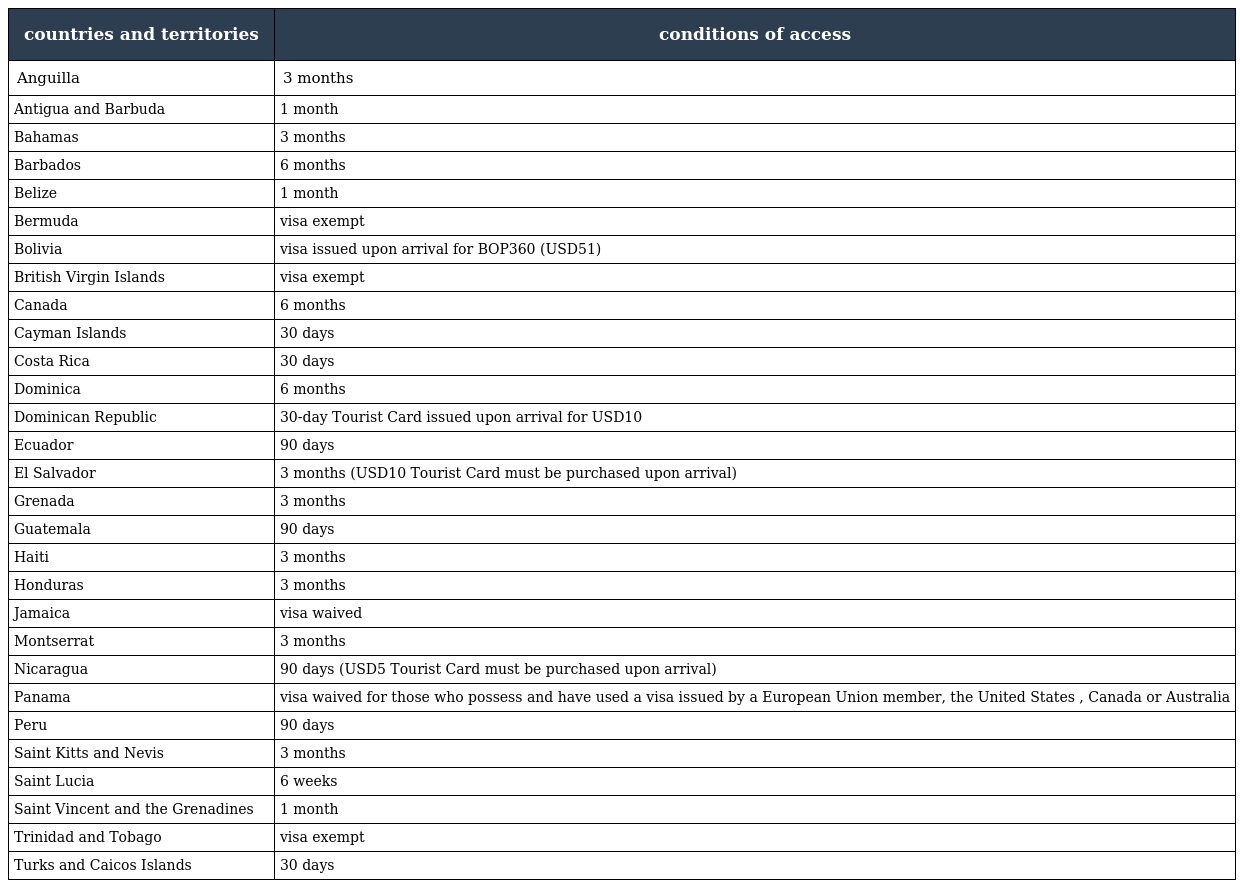
| countries and territories | conditions of access |
 | --- | --- |
 | Anguilla | 3 months |
 | Antigua and Barbuda | 1 month |
 | Bahamas | 3 months |
 | Barbados | 6 months |
 | Belize | 1 month |
 | Bermuda | visa exempt |
 | Bolivia | visa issued upon arrival for BOP360 (USD51) |
 | British Virgin Islands | visa exempt |
 | Canada | 6 months |
 | Cayman Islands | 30 days |
 | Costa Rica | 30 days |
 | Dominica | 6 months |
 | Dominican Republic | 30-day Tourist Card issued upon arrival for USD10 |
 | Ecuador | 90 days |
 | El Salvador | 3 months (USD10 Tourist Card must be purchased upon arrival) |
 | Grenada | 3 months |
 | Guatemala | 90 days |
 | Haiti | 3 months |
 | Honduras | 3 months |
 | Jamaica | visa waived |
 | Montserrat | 3 months |
 | Nicaragua | 90 days (USD5 Tourist Card must be purchased upon arrival) |
 | Panama | visa waived for those who possess and have used a visa issued by a European Union member, the United States , Canada or Australia |
 | Peru | 90 days |
 | Saint Kitts and Nevis | 3 months |
 | Saint Lucia | 6 weeks |
 | Saint Vincent and the Grenadines | 1 month |
 | Trinidad and Tobago | visa exempt |
 | Turks and Caicos Islands | 30 days |